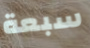
سبعة